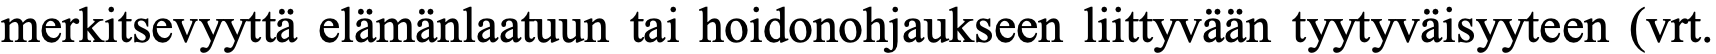
merkitsevyyttä elämänlaatuun tai hoidonohjaukseen liittyvään tyytyväisyyteen (vrt.